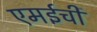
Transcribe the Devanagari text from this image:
एमईची